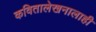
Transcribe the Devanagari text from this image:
कवितालेखनालाही